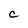
Character: C